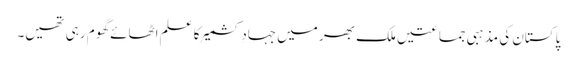
پاکستان کی مذہبی جماعتیں ملک بھر میں جہادِ کشمیر کا علم اٹھائے گھوم رہی تھیں۔